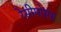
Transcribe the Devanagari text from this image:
रेसीमोसस